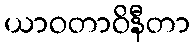
ယာဝတာဝိနီတာ